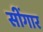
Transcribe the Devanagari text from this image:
सींगार